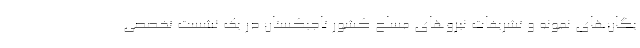
یگان‌های نمونه و تشریفات نیروهای مسلح کشور تاجیکستان در یک نشست تخصصی